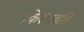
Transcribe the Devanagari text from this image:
किरणवलि